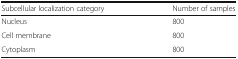
<table><thead><tr><td><b>Subcellular localization category</b></td><td><b>Number of samples</b></td></tr></thead><tbody><tr><td>Nucleus</td><td>800</td></tr><tr><td>Cell membrane</td><td>800</td></tr><tr><td>Cytoplasm</td><td>800</td></tr></tbody></table>